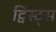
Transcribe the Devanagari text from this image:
ट्विस्ट्स